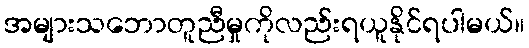
အများသဘောတူညီမှုကိုလည်းရယူနိုင်ရပါမယ်။